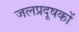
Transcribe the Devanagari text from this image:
जलप्रदूषकों